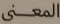
المعنى